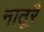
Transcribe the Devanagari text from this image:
नातूरै